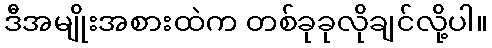
ဒီအမျိုးအစားထဲက တစ်ခုခုလိုချင်လို့ပါ။